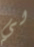
لي